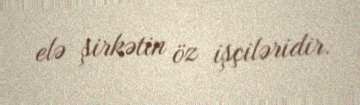
elə şirkətin öz işçiləridir.